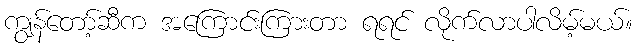
ကျွန်တော့်ဆီက အကြောင်းကြားတာ ရရင် လိုက်လာပါလိမ့်မယ်။